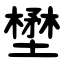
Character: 壄